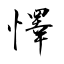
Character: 懌